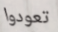
تعودوا